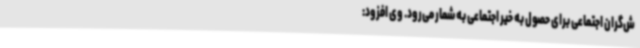
ش‌گران اجتماعی برای حصول به خیر اجتماعی به شمار می‌رود. وی افزود: